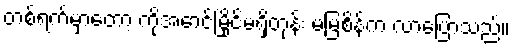
တစ်ရက်မှာတော့ ကိုအောင်မြိုင်မရှိတုန်း မမြစိန်က လာပြောသည်။